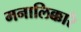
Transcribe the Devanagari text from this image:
मनालिक्कारै